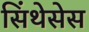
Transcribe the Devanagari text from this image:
सिंथेसेस